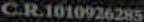
C.R.1010926285